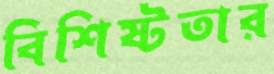
বিশিষ্টতার